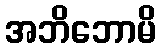
အဘိဘောမိ